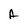
Character: A